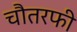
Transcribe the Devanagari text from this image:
चौतरफी